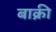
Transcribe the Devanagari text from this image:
बाक्री